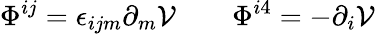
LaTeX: \Phi^{ij}=\epsilon_{ijm}\partial_{m}{\cal V}\qquad\Phi^{i4}=-\partial_{i}{\cal V}